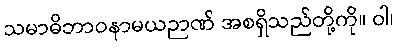
သမာဓိဘာဝနာမယဉာဏ် အစရှိသည်တို့ကို။ ဝါ၊